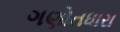
ગણોતધારા